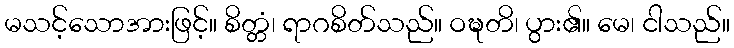
မသင့်သောအားဖြင့်။ စိတ္တံ၊ ရာဂစိတ်သည်။ ဝဍ္ဎတိ၊ ပွား၏။ မေ၊ ငါသည်။